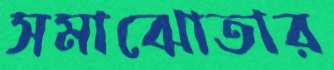
সমাঝোতার